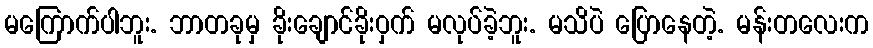
မကြောက်ပါဘူး. ဘာတခုမှ ခိုးချောင်ခိုးဝှက် မလုပ်ခဲ့ဘူး. မသိပဲ ပြောနေတဲ့. မန်းတလေးက